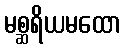
မစ္ဆရိယမထော